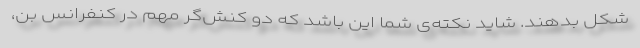
شکل بدهند. شاید نکته‌ی شما این باشد که دو کنش‌گر مهم در کنفرانس بن،